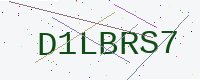
Text: D1LBRS7